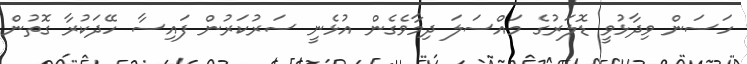
ހަސަން ވިދާޅުވީ ޑޮލަރުގެ މައްސަލަ ދިމާވެގެން އުޅެނީ ސަރުކަރުން ފައިސާ ހޭދަކުރާ ގޮތުން